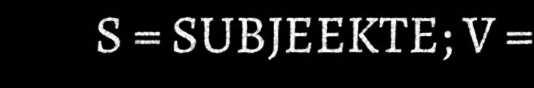
S = SUBJEEKTE; V =